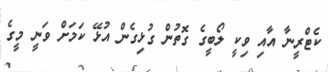
ކެޓްރީނާ އާއި ވިކީ ލޯބީގެ ގޮތުން ގުޅިގެން އުޅޭ ކަމަށް ވަނީ މީގެ